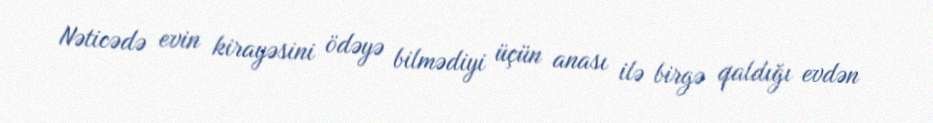
Nəticədə evin kirayəsini ödəyə bilmədiyi üçün anası ilə birgə qaldığı evdən